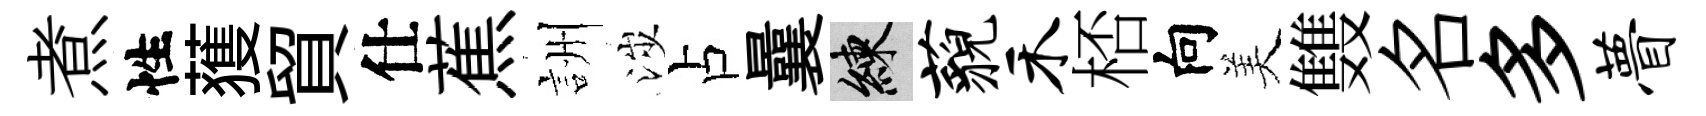
煮性𫉬貿仕蕉詶涉占曩練藐禾桮向美䨇名多瞢